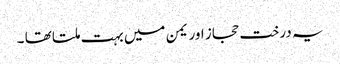
یہ درخت حجاز اور یمن میں بہت ملتا تھا ۔